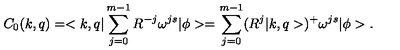
C _ { 0 } ( k , q ) = < k , q | \sum _ { j = 0 } ^ { m - 1 } R ^ { - j } \omega ^ { j s } | \phi > = \sum _ { j = 0 } ^ { m - 1 } ( R ^ { j } | k , q > ) ^ { + } \omega ^ { j s } | \phi > .